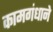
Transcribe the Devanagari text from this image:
कामगंधाने